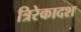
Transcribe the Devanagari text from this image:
त्रिरेकादश